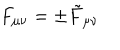
LaTeX: F _ { \mu \nu } = \pm \tilde { F } _ { \mu \nu }